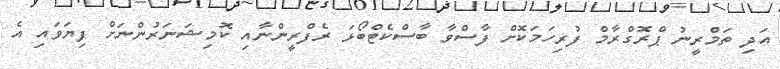
އަދި ތަމްރީނު ޕްރޮގްރާމް ފުރިހަމަކޮށް ފާސްވާ ބާސްކެޓްބޯޅަ ރެފްރީންނާއި ކޮމިޝަނަރުންނަށް ފިޔަވައި އެ